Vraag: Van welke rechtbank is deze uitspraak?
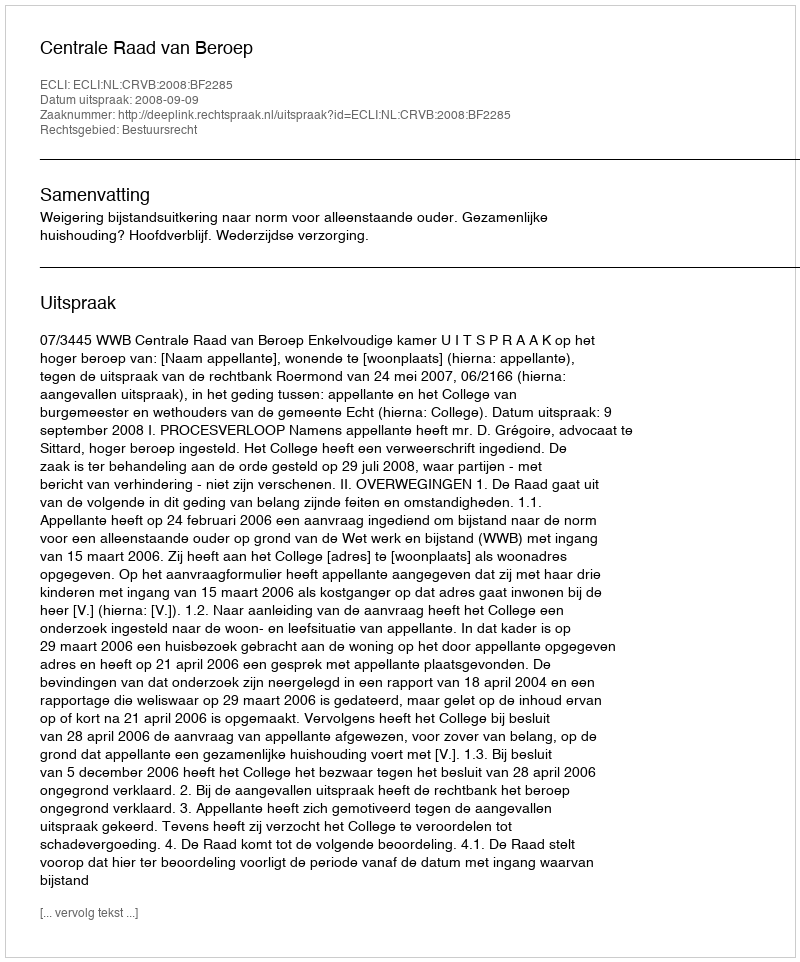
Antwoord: Centrale Raad van Beroep